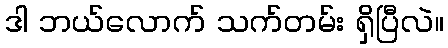
ဒါ ဘယ်လောက် သက်တမ်း ရှိပြီလဲ။